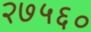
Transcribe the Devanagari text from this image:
२७५६०